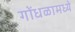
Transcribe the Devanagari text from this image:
गोंधळामध्ये